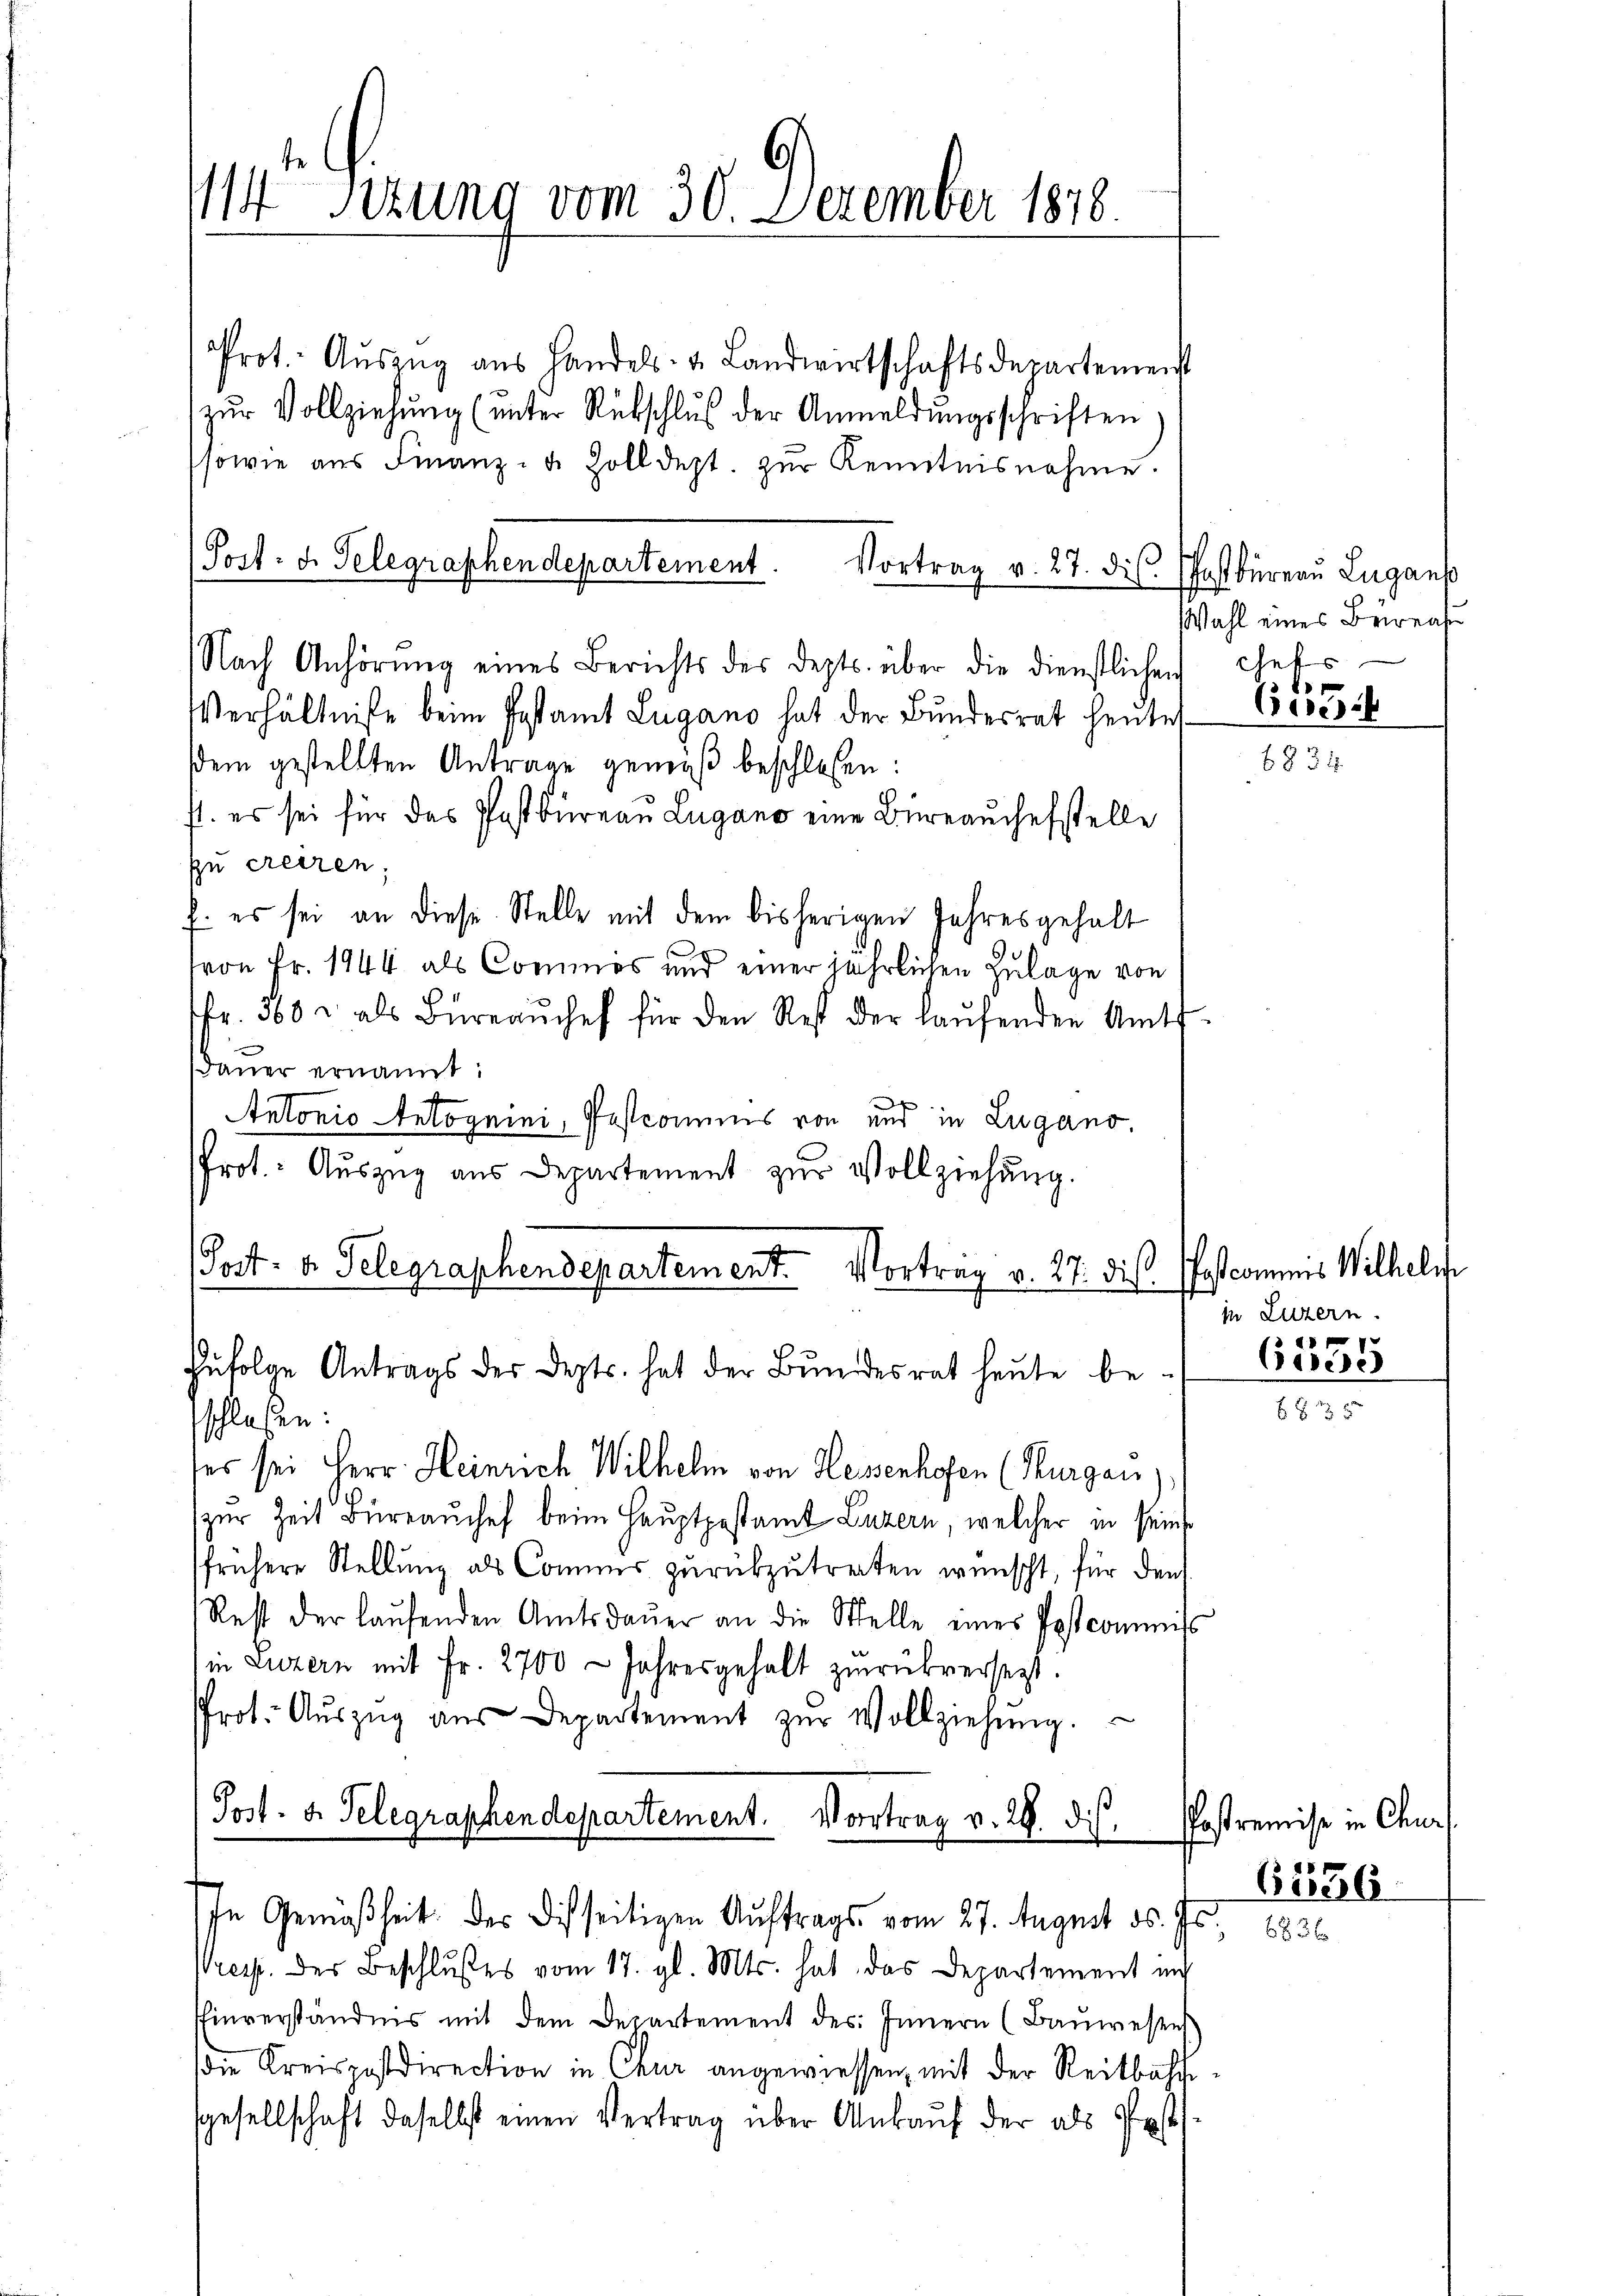
14t Sizung vom 30. Dezember 1870

Prot. Aŭszŭg aŭs Handels- u. Landwirtschaftsdepartement
zŭr Vollziehŭng (unter Rückschlŭβ der Anmeldŭngsschriften
sowie aus Finanz- u. Zolldept. zur Kenntnisnahme.
Vortrag v. 27. dis Phostbüreau Lugans
Verhältniße beim Gestamt Lugano hat der Bundesrat heute
sdem gestellten Antrage gewiß beschlossen:
ft. es sei für das Postbüreau Lugano eine Büreaŭchefstelle
sn creiren;
E: es sei an diese Stelle mit dem bisherigen Jahresgehalt
von Fr. 1944 als Commes und einer jährlichen Zulage von
sfr. 363 u. als Büreaŭchef für den Rest der laŭfenden Amts-
dauer ernannt:
¬
Antonio Antoguini, Postconius von und in Lugano.
Prot. Auszug aus Departement zur Vollziehung.
Post- u. Gelegraphendepartement. Vortrag v. 27. die Poscommis Wilhelm
zufolge Antrags der Depts. hat der Bundesrat heute be-
sschlossen:
ses sei Herr Heinrich Wilhelm von Hessenhofen (Thurgau),
zur Zeit Büreauchef beim Hauptgestamt Luzern, welcher in seinsfrühere Stellung als Commis zurükzutreiten wünscht, für den
Rest der laŭfenden Amtsdaŭer an die Stelle eines Postcommiss
in Luzern mit Fr. 2700 Jahresgehalt zŭrückversezt.
Prot. Aŭszŭg aŭs Departement zŭr Vollziehŭng.
Post- u. Telegraphendepartement. Vortrag v. 29. di

Port: d. Telegraphendepartement.
Nach Anhörung eines Berichts des depts. über die dienstlichen Thats

In Gemäßheit der Disseitigen Auftrags vom 27. August ds. Js.

Vresp. der Beschlußes vom 17. gl. Mts. hat das Departement auch
hinverständnis mit dem Departement des Innern (Baŭwesen
die Kreispostdirection in Chur angewiessen, mit der Reitbahngesellschaft daselbst einen Vertrag über Ankaŭf der als Post

Wahl eines Bewegte

665

in Luzern.

Celese

Postremise in Churf
6236.